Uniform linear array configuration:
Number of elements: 16
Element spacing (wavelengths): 0.25
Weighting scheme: binomial
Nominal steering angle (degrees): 15
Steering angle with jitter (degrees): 15.223
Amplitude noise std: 0.05
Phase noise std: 0.05

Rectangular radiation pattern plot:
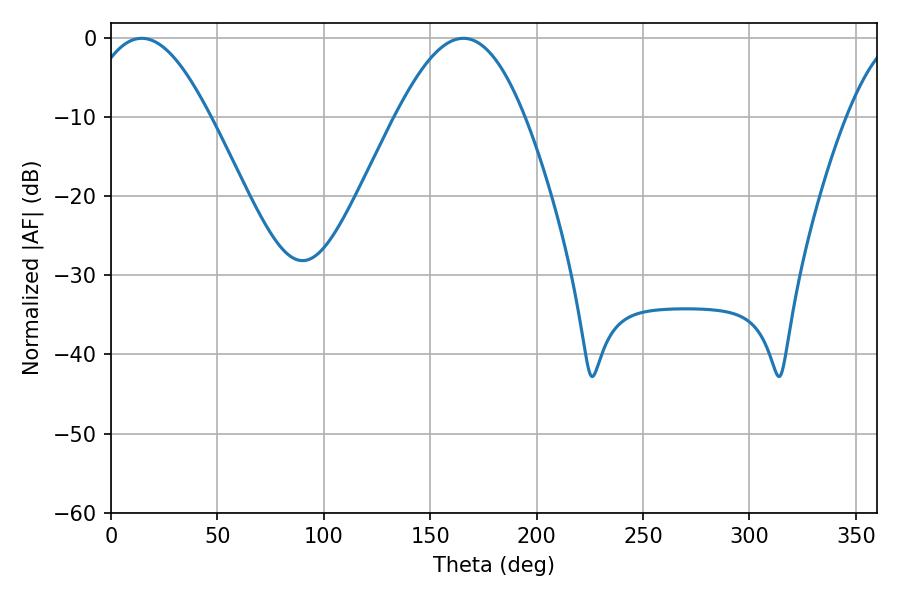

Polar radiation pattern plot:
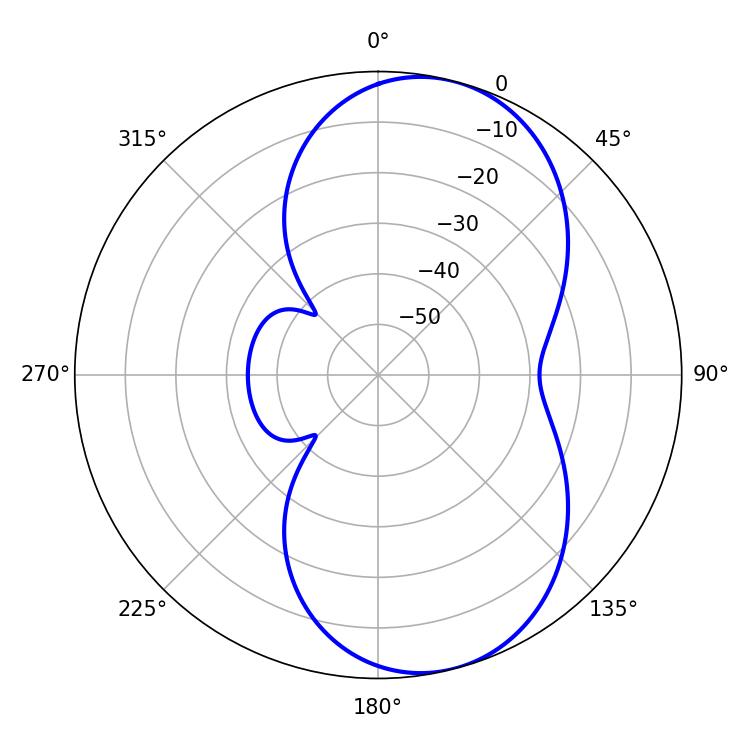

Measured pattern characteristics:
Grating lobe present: FALSE
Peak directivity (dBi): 7.886
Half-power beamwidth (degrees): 31.32
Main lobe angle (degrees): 14.4